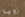
زويلا